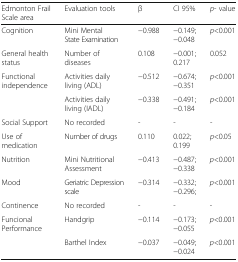
| Edmonton Frail Scale area | Evaluation tools | β | CI 95% | p- value |
 | --- | --- | --- | --- | --- |
 | Cognition | Mini Mental State Examination | −0.988 | −0.149; −0.048 | p<0.001 |
 | General health status | Number of diseases | 0.108 | −0.001; 0.217 | 0.052 |
 | <ROWSPAN=2> Functional independence | Activities daily living (ADL) | −0.512 | −0.674; −0.351 | p<0.001 |
 | Activities daily living (IADL) | −0.338 | −0.491; −0.184 | p<0.001 |
 | Social Support | No recorded | - | - | - |
 | Use of medication | Number of drugs | 0.110 | 0.022; 0.199 | p<0.05 |
 | Nutrition | Mini Nutritional Assessment | −0.413 | −0.487; −0.338 | p<0.001 |
 | Mood | Geriatric Depression scale | −0.314 | −0.332; −0.296; | p<0.001 |
 | Continence | No recorded | - | - | - |
 | <ROWSPAN=2> Funcional Performance | Handgrip | −0.114 | −0.173; −0.055 | p<0.001 |
 | Barthel Index | −0.037 | −0.049; −0.024 | p<0.001 |